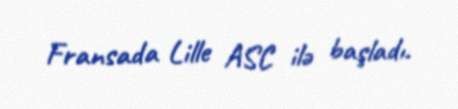
Fransada Lille ASC ilə başladı.